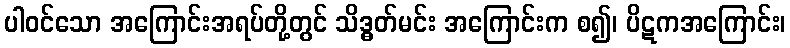
ပါဝင်သော အကြောင်းအရပ်တို့တွင် သိဒ္ဓတ်မင်း အကြောင်းက စ၍၊ ပိဋကအကြောင်း၊